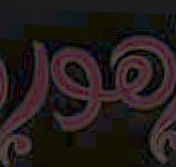
هور